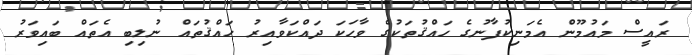
ރައީސް މައުމޫން އެމަނިކުފާނުގެ ހައްޤުތަކުގެ ވާހަކަ ދައްކަވާއިރު ހައްޤުތައް ނުލިބި އެތައް ބައިވަރު